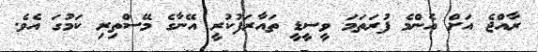
ރާއްޖެ އަށް އެންމެ ފުރަތަމަ ވީސީޑީ ތައާރަފުކުރީ އޭނާގެ މޭސްތިރި ކަމުގަ އެވެ.